Lunatic asylums United Provinces 1909-1921 - 1909-1921
Year: 1909
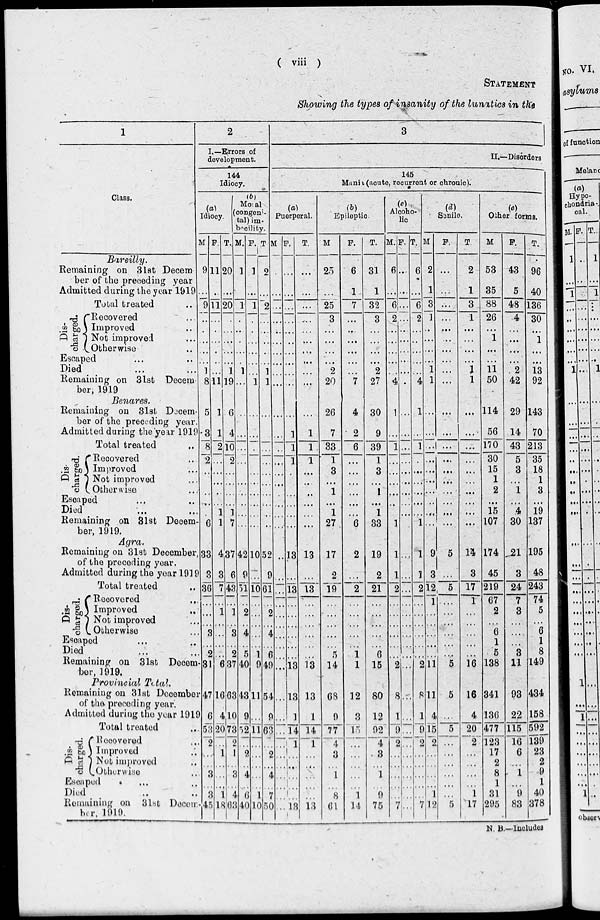
( viii )
STATEMENT
Showing the types of insanity of the lunatics in the
1
Class.
Bareilly.
Remaining on 31st Decem
ber of the preceding year
Admitted during the year 1919
Total treated ..
Dis-
charged.
Recovered ...
Improved ..
Not improved ...
Otherwise ..
Escaped ... ..
Died ... ...
Remaining on 31st Decem
ber, 1919
Benares.
Remaining on 31st Decem-
ber of the preceding year.
Admitted during the year 1919
Total treated ..
Dis-
charged.
Recovered ..
Improved ...
Not improved ...
Otherwise ...
Escaped ... ..
Died ... ...
Remaining on 31st Decem-
ber, 1919.
Agra.
Remaining on 31st December,
of the preceding year.
Admitted during the year 1919
Total treated ..
Dis-
charged.
Recovered ...
Improved ..
Not improved ...
Otherwise ...
Escaped ... ..
Died ... ...
Remaining on 31st Decem-
ber, 1919.
Provincial Total.
Remaining on 31at Dccember
of the preceding year.
Admitted during the year 1919
Total treated ...
Dis-
charged.
Recovered ...
Improved ..
Not improved ..
Otherwise ..
Escaped ... ..
Died .. ..
Remaining on 31st Decem-
ber, 1919.
2
I.—Errors of
development.
144
Idiocy.
(a)
Idiocy.
M
9
...
9
..
...
...
...
...
1
8
5
3
8
2
..
...
..
..
...
6
33
3
36
...
...
...
3
...
2
31
47
6
53
2
...
...
3
...
3
45
F.
11
...
11
...
...
...
...
..
...
11
1
1
2
...
...
..
...
...
1
1
4
3
7
...
1
...
...
...
...
6
16
4
20
...
1
...
...
...
1
18
T.
20
...
20
...
...
...
...
...
1
19
6
4
10
2
...
...
...
...
1
7
37
6
43
...
1
...
3
...
2
37
63
10
73
2
1
...
3
...
4
63
(b)
Mosal
congeni-
tal) im-
becility.
M.
1
1
...
...
...
...
.
1
...
...
...
...
...
...
...
...
...
...
42
9
51
...
2
...
4
..
5
40
43
9
52
...
2
...
4
...
6
40
F.
1
...
1
...
...
...
...
...
...
1
...
...
.
...
...
...
...
...
...
10
...
10
...
...
...
...
...
1
9
11
...
11
...
...
...
...
...
1
10
T.
2
...
2
...
...
...
...
...
1
1
...
...
...
...
...
...
...
...
...
52
9
61
...
2
...
4
...
6
49
54
9
63
...
2
...
4
...
7
50
3
II.—Disorders
145
Mania(acute, recurrent or chronic).
(a)
Puerperal.
M.
...
...
...
...
...
...
...
...
...
...
...
...
...
...
...
...
...
...
...
...
..
...
...
...
...
...
...
...
...
...
...
...
...
...
...
...
...
...
...
...
F.
...
...
...
...
...
...
...
...
...
...
...
1
1
1
.
...
...
...
...
...
13
...
13
...
...
...
...
...
...
13
13
1
14
1
1
1
...
...
...
13
T.
...
...
...
...
...
...
...
...
...
...
...
1
1
1
...
...
...
...
...
...
13
...
13
...
...
...
...
...
...
13
13
1
14
1
...
...
...
...
...
13
(b)
Epileptic.
M.
25
...
25
3
...
...
...
...
2
20
26
7
33
1
3
..
1
...
1
27
17
2
19
...
...
...
...
...
5
14
68
9
77
4
3
...
1
...
8
61
F.
6
1
7
...
...
...
...
...
...
7
4
2
6
...
...
...
...
...
...
6
2
...
2
...
...
...
...
...
1
1
12
3
15
...
...
...
...
...
1
14
T.
31
1
32
3
...
...
...
...
2
27
30
9
39
1
3
...
1
...
1
33
19
2
21
...
...
...
...
...
6
15
80
12
92
4
3
...
1
...
9
75
(c)
Alcoho-
lic
M.
6
...
6
2
...
...
...
...
...
4
1
...
1
...
...
...
...
...
1
1
1
2
...
...
...
...
...
...
2
8
1
9
2
...
...
...
...
...
7
F.
...
...
...
...
...
...
...
...
...
.
...
...
...
...
...
...
...
...
...
...
...
...
...
...
...
...
...
...
...
...
...
...
...
...
...
...
...
...
...
T.
6
...
6
2
...
...
...
...
...
4
1
...
1
...
...
...
...
...
...
1
1
1
2
...
...
...
...
...
...
2
8
1
9
2
...
...
...
...
...
7
(d)
Senile.
M.
2
1
3
1
...
...
...
...
1
1
...
...
...
...
...
...
...
...
...
...
9
3
12
1
...
...
...
...
...
11
11
4
15
2
...
...
...
...
1
12
F.
...
...
...
...
...
...
...
...
...
...
...
...
...
...
...
...
...
...
...
...
5
...
5
...
...
...
...
...
...
5
5
...
5
...
...
...
...
...
...
5
T.
2
1
3
1
...
...
...
...
1
1
...
...
...
...
...
...
...
...
...
...
14
3
17
1
...
...
...
...
...
16
16
4
20
2
...
...
...
...
1
17
(e)
Other forms.
M.
53
35
88
26
...
1
...
...
11
50
114
56
170
30
15
1
2
...
15
107
174
45
219
67
2
...
6
1
5
138
341
136
477
123
17
2
8
1
31
295
F.
43
5
48
4
...
...
...
...
2
42
29
14
43
5
3
...
1
...
4
30
21
3
24
7
3
...
...
...
3
11
93
22
115
16
6
...
1
...
9
83
T.
96
40
136
30
...
1
...
...
13
92
143
70
213
35
18
1
3
...
19
137
195
48
243
74
5
...
6
1
8
149
434
158
592
139
23
2
9
1
40
378
N. B.—Includes